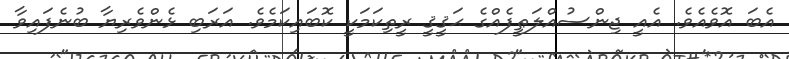
އެބަ އޮވެއެވެ. އެއީ ޖިންސުއްލަޠީފެއްގެ ޙަޤީޤީ ރީތިކަމަކީ ކޮބައިކަމެވެ. އަރަބި ޅެންވެރިޔާ ބުނެފައިވާ